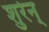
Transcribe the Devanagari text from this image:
शुरेन्